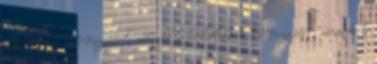
Gazdaság - Mennyiért mennek a bérlakások? Mennyiért mennek a